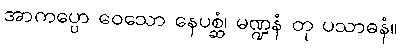
အာကပ္ပော ဝေသော နေပစ္ဆံ၊ မဏ္ဍနံ တု ပသာဓနံ။